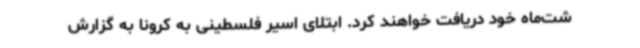
شت‌ماه خود دریافت خواهند کرد. ابتلای اسیر فلسطینی به کرونا به گزارش